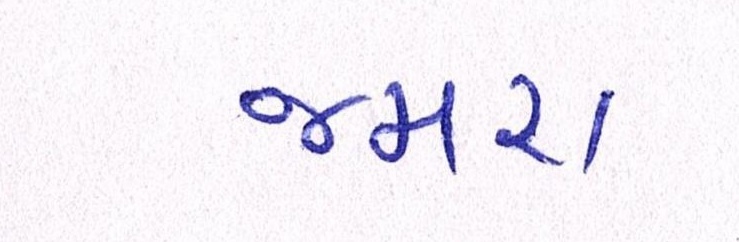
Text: જમરા